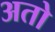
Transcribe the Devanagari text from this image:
अतो